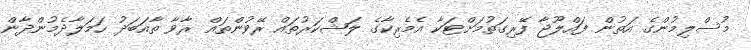
މުސްލިމުންގެ އަތުން ފައްލޫޖާ ފޭރިގަތުމަށްޓަކާ އެމެރިކާގެ ލަޝްކަރުތައް ރޭވުންތައް ރާވާ ތާއަބަދު ހަމަލާދެމުންދާން